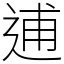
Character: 逋